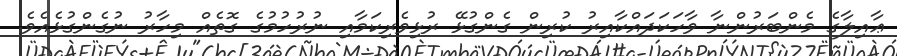
ޢާއިލާގެ މެންބަރުންނާ ވާހަކަދައްކާއިރު ކުރިން ގެންގުޅޭ ރުޅިވެރިކަމާއި ނުރުހުމުގެ ގޮތެއް މިހާރު ނުގެންގުޅެއެވެ.